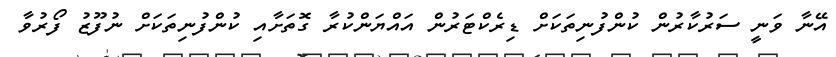
އޭނާ ވަނީ ސަރުކާރުން ކުންފުނިތަކަށް ޑިރެކްޓަރުން އައްޔަންކުރާ ގޮތަށާއި ކުންފުނިތަކަށް ނުފޫޒު ފޯރުވާ